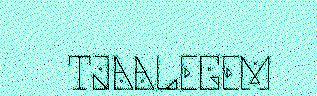
TJAALEGEM